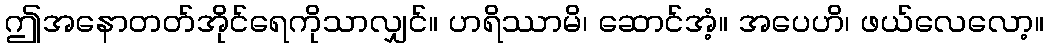
ဤအနောတတ်အိုင်ရေကိုသာလျှင်။ ဟရိဿာမိ၊ ဆောင်အံ့။ အပေဟိ၊ ဖယ်လေလော့။